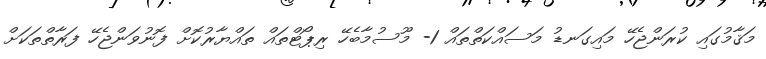
މަޤާމުގައި ކުރަންޖެހޭ މައިގަނޑު މަސައްކަތްތައް 1- މޫސުމާބެހޭ ރިޕޯޓްތައް ތައްޔާރުކޮށް ފޮނުވަންޖެހޭ ފަރާތްތަކަށް